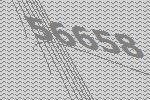
56658